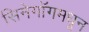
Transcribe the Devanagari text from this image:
सिनेगॉगमधून